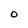
Character: O